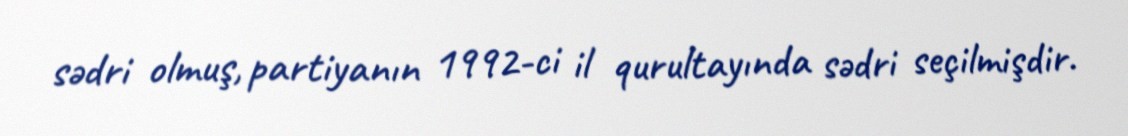
sədri olmuş, partiyanın 1992-ci il qurultayında sədri seçilmişdir.